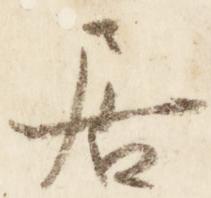
居